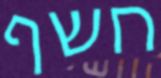
חשף